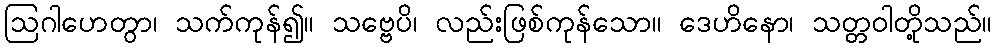
ဩဂါဟေတွာ၊ သက်ကုန်၍။ သဗ္ဗေပိ၊ လည်းဖြစ်ကုန်သော။ ဒေဟိနော၊ သတ္တဝါတို့သည်။